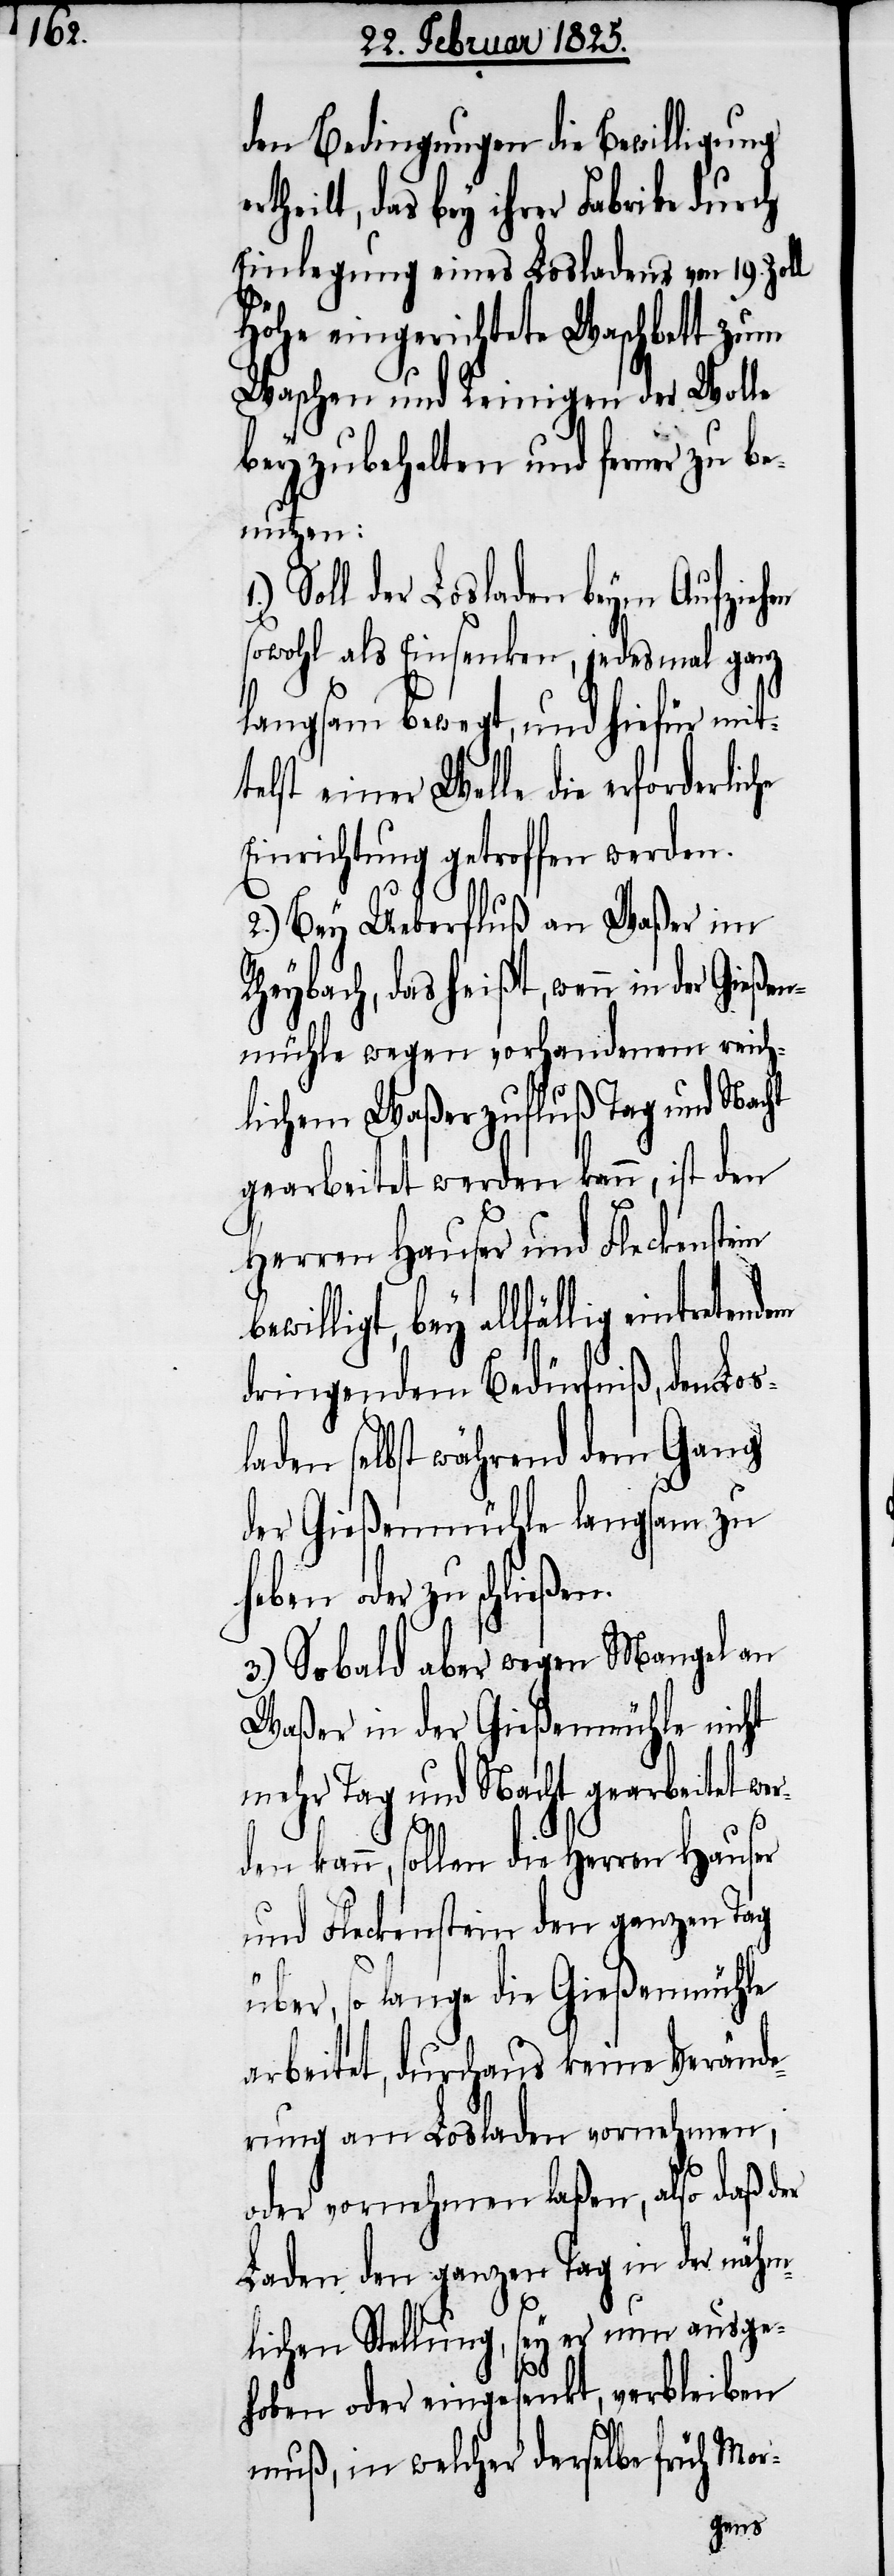
den Bedingungen die Bewilligung
das bey ihrer Fabrike durch
Einlegung eines Losladens von 19. Zoll
Höhe eingerichtete Waschbett zum
Waschen und Reinigen der Wolle
beyzubehalten und ferner zu b¬
Gießen¬
Soll der Losladen beym Aufziehen
sowohl als Einsenken, jedesmal ganz
langsam bewegt, und hiefür mit¬
telst einer Welle die erforderlic¬
Einrichtung getroffen werden.
2.) Bey Ueberfluß an Waßer im
Rheybach, das heißt, wenn in der
mühle wegen vorhandenem reich¬
lichem Waßerzufluß Tag und Nacht
gearbeitet werden kann, ist den
Herren Hauser und Fleckenstein
bey allfällig eintretendem
dringendem Bedürfniß, den Los¬
laden selbst während dem Gang
der Gießenmühle langsam zu
heben oder zu schließen.
3.) Sobald aber wegen Mangel an
Waßer in der Gießenmühle nicht
mehr Tag und Nacht gearbeitet wer¬
den kann, sollen die Herren Hauser
und Fleckenstein den ganzen Tag
über, so lange die Gießenmühle
arbeitet, durchaus keine Verände¬
rung am Losladen vornehmen,
oder vornehmen laßen, also daß der
Laden den ganzen Tag in der nähm¬
lichen Stellung, sey er nun ausge¬
hoben oder eingesenkt, verbleiben
muß, in welcher derselbe früh Mor-
he